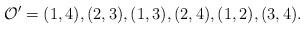
LaTeX: \begin{align*}\mathcal{O}_{}'= (1,4),(2,3),(1,3),(2,4),(1,2),(3,4).\end{align*}